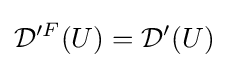
{\mathcal {D}}'^{F}(U)={\mathcal {D}}'(U)